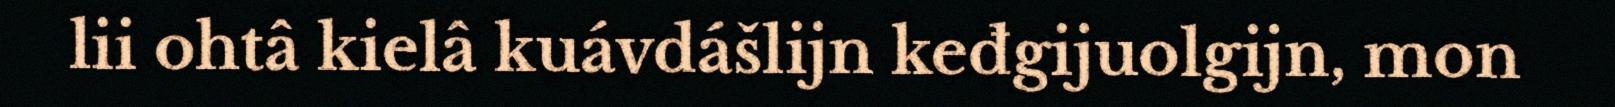
lii ohtâ kielâ kuávdášlijn keđgijuolgijn, mon